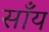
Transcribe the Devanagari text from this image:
साँय